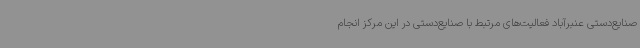
صنایع‌دستی عنبرآباد فعالیت‌های مرتبط با صنایع‌دستی در این مرکز انجام